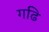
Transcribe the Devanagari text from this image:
गढि